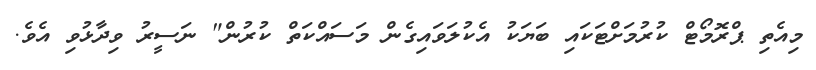
މިއެތި ޕްރޮމޯޓް ކުރުމަށްޓަކައި ބަޔަކު އެކުލަވައިގެން މަސައްކަތް ކުރުން" ނަސީރު ވިދާޅުވި އެވެ.